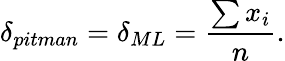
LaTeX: \delta_{pitman}=\delta_{ML}={\frac{\sum{x_{i}}}{n}}.